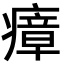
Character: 瘴